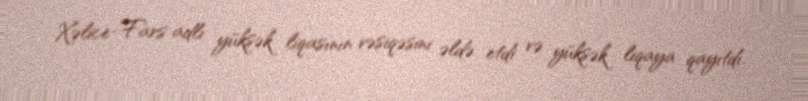
Xəlice-Fars adlı yüksək liqasının vəsiqəsini əldə etdi və yüksək liqaya qayıtdı.